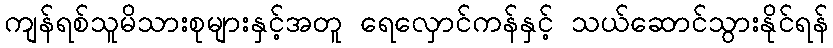
ကျန်ရစ်သူမိသားစုများနှင့်အတူ ရေလှောင်ကန်နှင့် သယ်ဆောင်သွားနိုင်ရန်